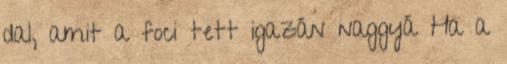
dal, amit a foci tett igazán naggyá Ha a